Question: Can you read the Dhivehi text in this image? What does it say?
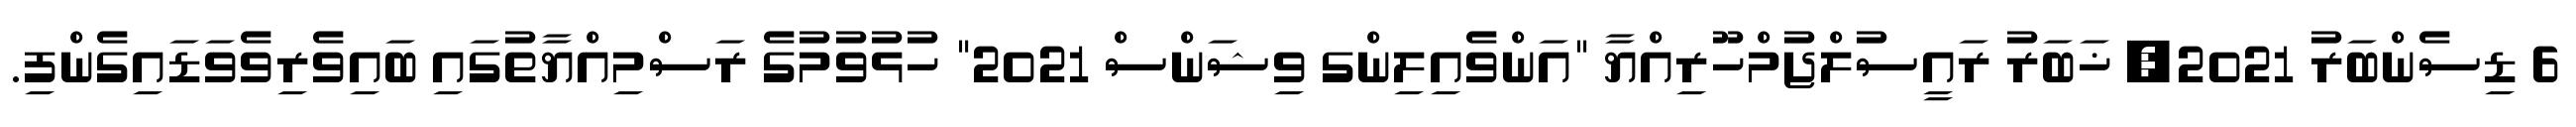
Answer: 6 ޑިސެންބަރު 2021, ޚަބަރު ރައީސުލްޖުމްހޫރިއްޔާ "އަންވެއިލިންގ ވިޝަންސް 2021" ހުޅުވުމުގެ ރަސްމިއްޔާތުގައި ބައިވެރިވެވަޑައިގެންފި.